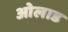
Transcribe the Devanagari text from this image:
ओलाड